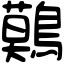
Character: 𪅐